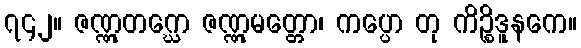
၇၄၂။ ဇဏ္ဏုတဂ္ဃော ဇဏ္ဏုမတ္တော၊ ကပ္ပော တု ကိဉ္စိဒူနကေ။